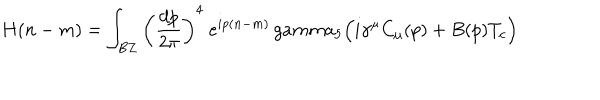
H ( n - m ) = \int _ { B Z } \left( { \frac { d p } { 2 \pi } } \right) ^ { 4 } \ e ^ { i p ( n - m ) } \, g a m m a _ { 5 } \Bigl ( i \gamma ^ { \mu } C _ { \mu } ( p ) + B ( p ) T _ { c } \Bigr )